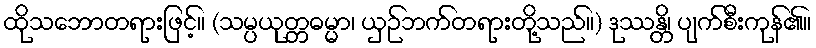
ထိုသဘောတရားဖြင့်။ (သမ္ပယုတ္တဓမ္မာ၊ ယှဉ်ဘက်တရားတို့သည်။) ဒုဿန္တိ၊ ပျက်စီးကုန်၏။